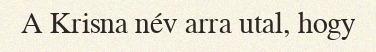
A Krisna név arra utal, hogy